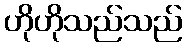
ဟိုဟိုသည်သည်